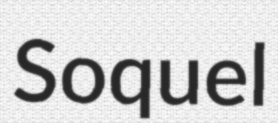
Soquel